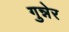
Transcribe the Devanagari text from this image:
गुन्नेर